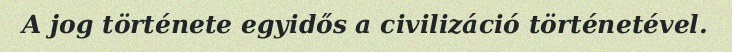
A jog története egyidős a civilizáció történetével.